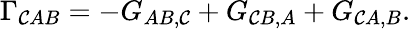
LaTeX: \Gamma_{\mathcal{C}AB}=-G_{AB,\mathcal{C}}+G_{\mathcal{C}B,A}+G_{\mathcal{C}A,B}.